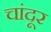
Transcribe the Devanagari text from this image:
चांदूर